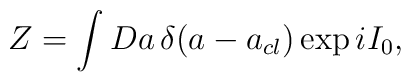
Z = \int Da\, \delta(a - a_{cl})\exp iI_{0},